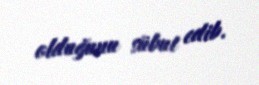
olduğunu sübut edib.